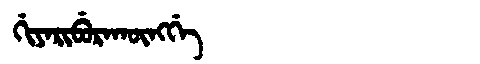
Manchu: ᡤᡳᠶᠠᡵᡳᠪᡠᡵᠠᡴᡡᠩᡤᡝ
Romanization: GIYARIBURAKŪNGGE